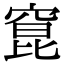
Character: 窤